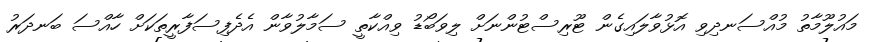
މައުލޫމާތު މުއްސަނދިވި އޮޅުވާލައިގެން ޓޫރިސްޓުންނަށް ލިވަބޯޑު ވިއްކާތީ ސަމާލުވާން އެދެފިސަފާރީތަކަށް ހާއްސަ ބަނދަރު